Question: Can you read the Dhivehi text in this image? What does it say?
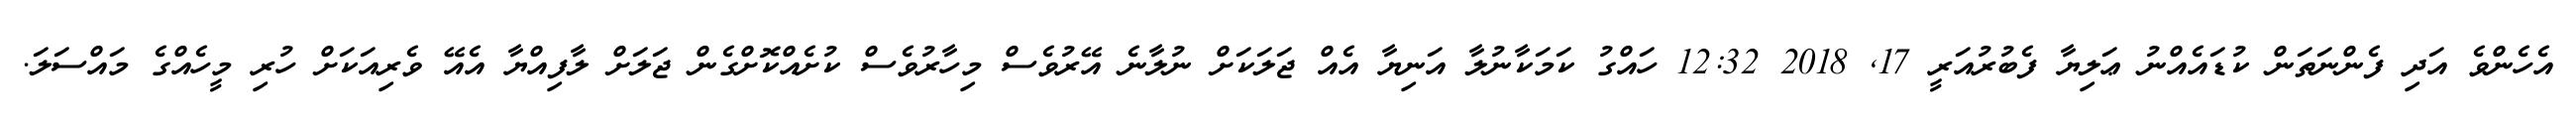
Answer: އެހެންވެ އަދި ފެންނަތަން ކުޑައެއްނު ޢަލިޔާ ފެބުރުއަރީ 17, 2018 12:32 ހައްގު ކަމަކާނުލާ އަނިޔާ އެއް ޖަލަކަށް ނުލާނެ އޭރުވެސް މިހާރުވެސް ކުށެއްކޮށްގެން ޖަލަށް ލާފިއްޔާ އެއޭ ވެރިއަކަށް ހުރި މީހެއްގެ މައްސަލަ.